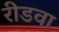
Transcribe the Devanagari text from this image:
रीडवा